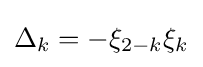
\Delta _{k}=-\xi _{2-k}\xi _{k}